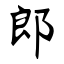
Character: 郎